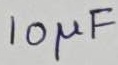
Text: 10µF